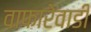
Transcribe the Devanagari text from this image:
वाफारेवाडी